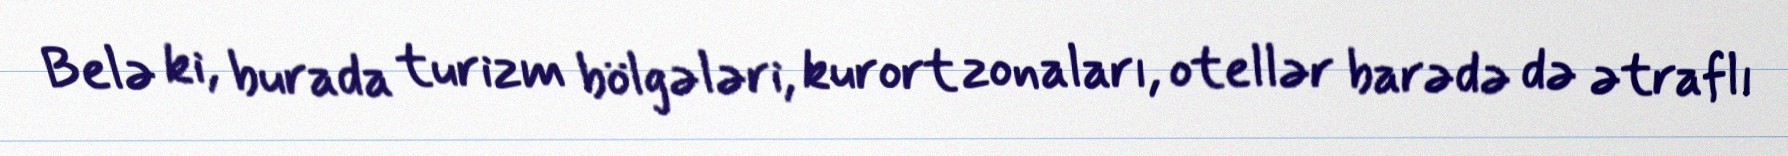
Belə ki, burada turizm bölgələri, kurort zonaları, otellər barədə də ətraflı